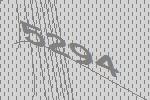
5294